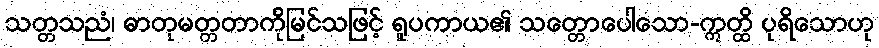
သတ္တသညံ၊ ဓာတုမတ္တတာကိုမြင်သဖြင့် ရူပကာယ၏ သတ္တောပေါသော-ဣတ္ထိ ပုရိသောဟု